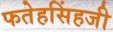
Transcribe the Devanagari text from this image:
फतेहसिंहजी